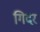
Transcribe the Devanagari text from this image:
गिदर